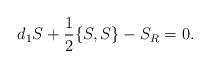
LaTeX: \begin{align*} d_1S + \frac{1}{2}\{S, S\} - S_R = 0. \end{align*}